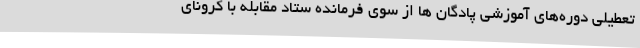
تعطیلی دوره‌های آموزشی پادگان ها از سوی فرمانده ستاد مقابله با کرونای